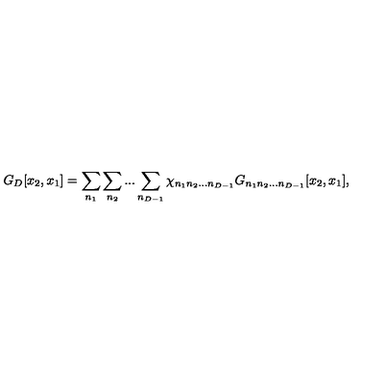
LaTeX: G _ { D } [ x _ { 2 } , x _ { 1 } ] = \sum _ { n _ { 1 } } \sum _ { n _ { 2 } } . . . \sum _ { n _ { D - 1 } } \chi _ { n _ { 1 } n _ { 2 } . . . n _ { D - 1 } } G _ { n _ { 1 } n _ { 2 } . . . n _ { D - 1 } } [ x _ { 2 } , x _ { 1 } ] ,